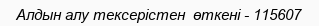
Алдын алу тексерістен  өткені - 115607